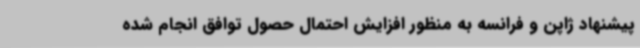
پیشنهاد ژاپن و فرانسه به منظور افزایش احتمال حصول توافق انجام شده